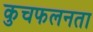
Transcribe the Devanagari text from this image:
कुचफलनता